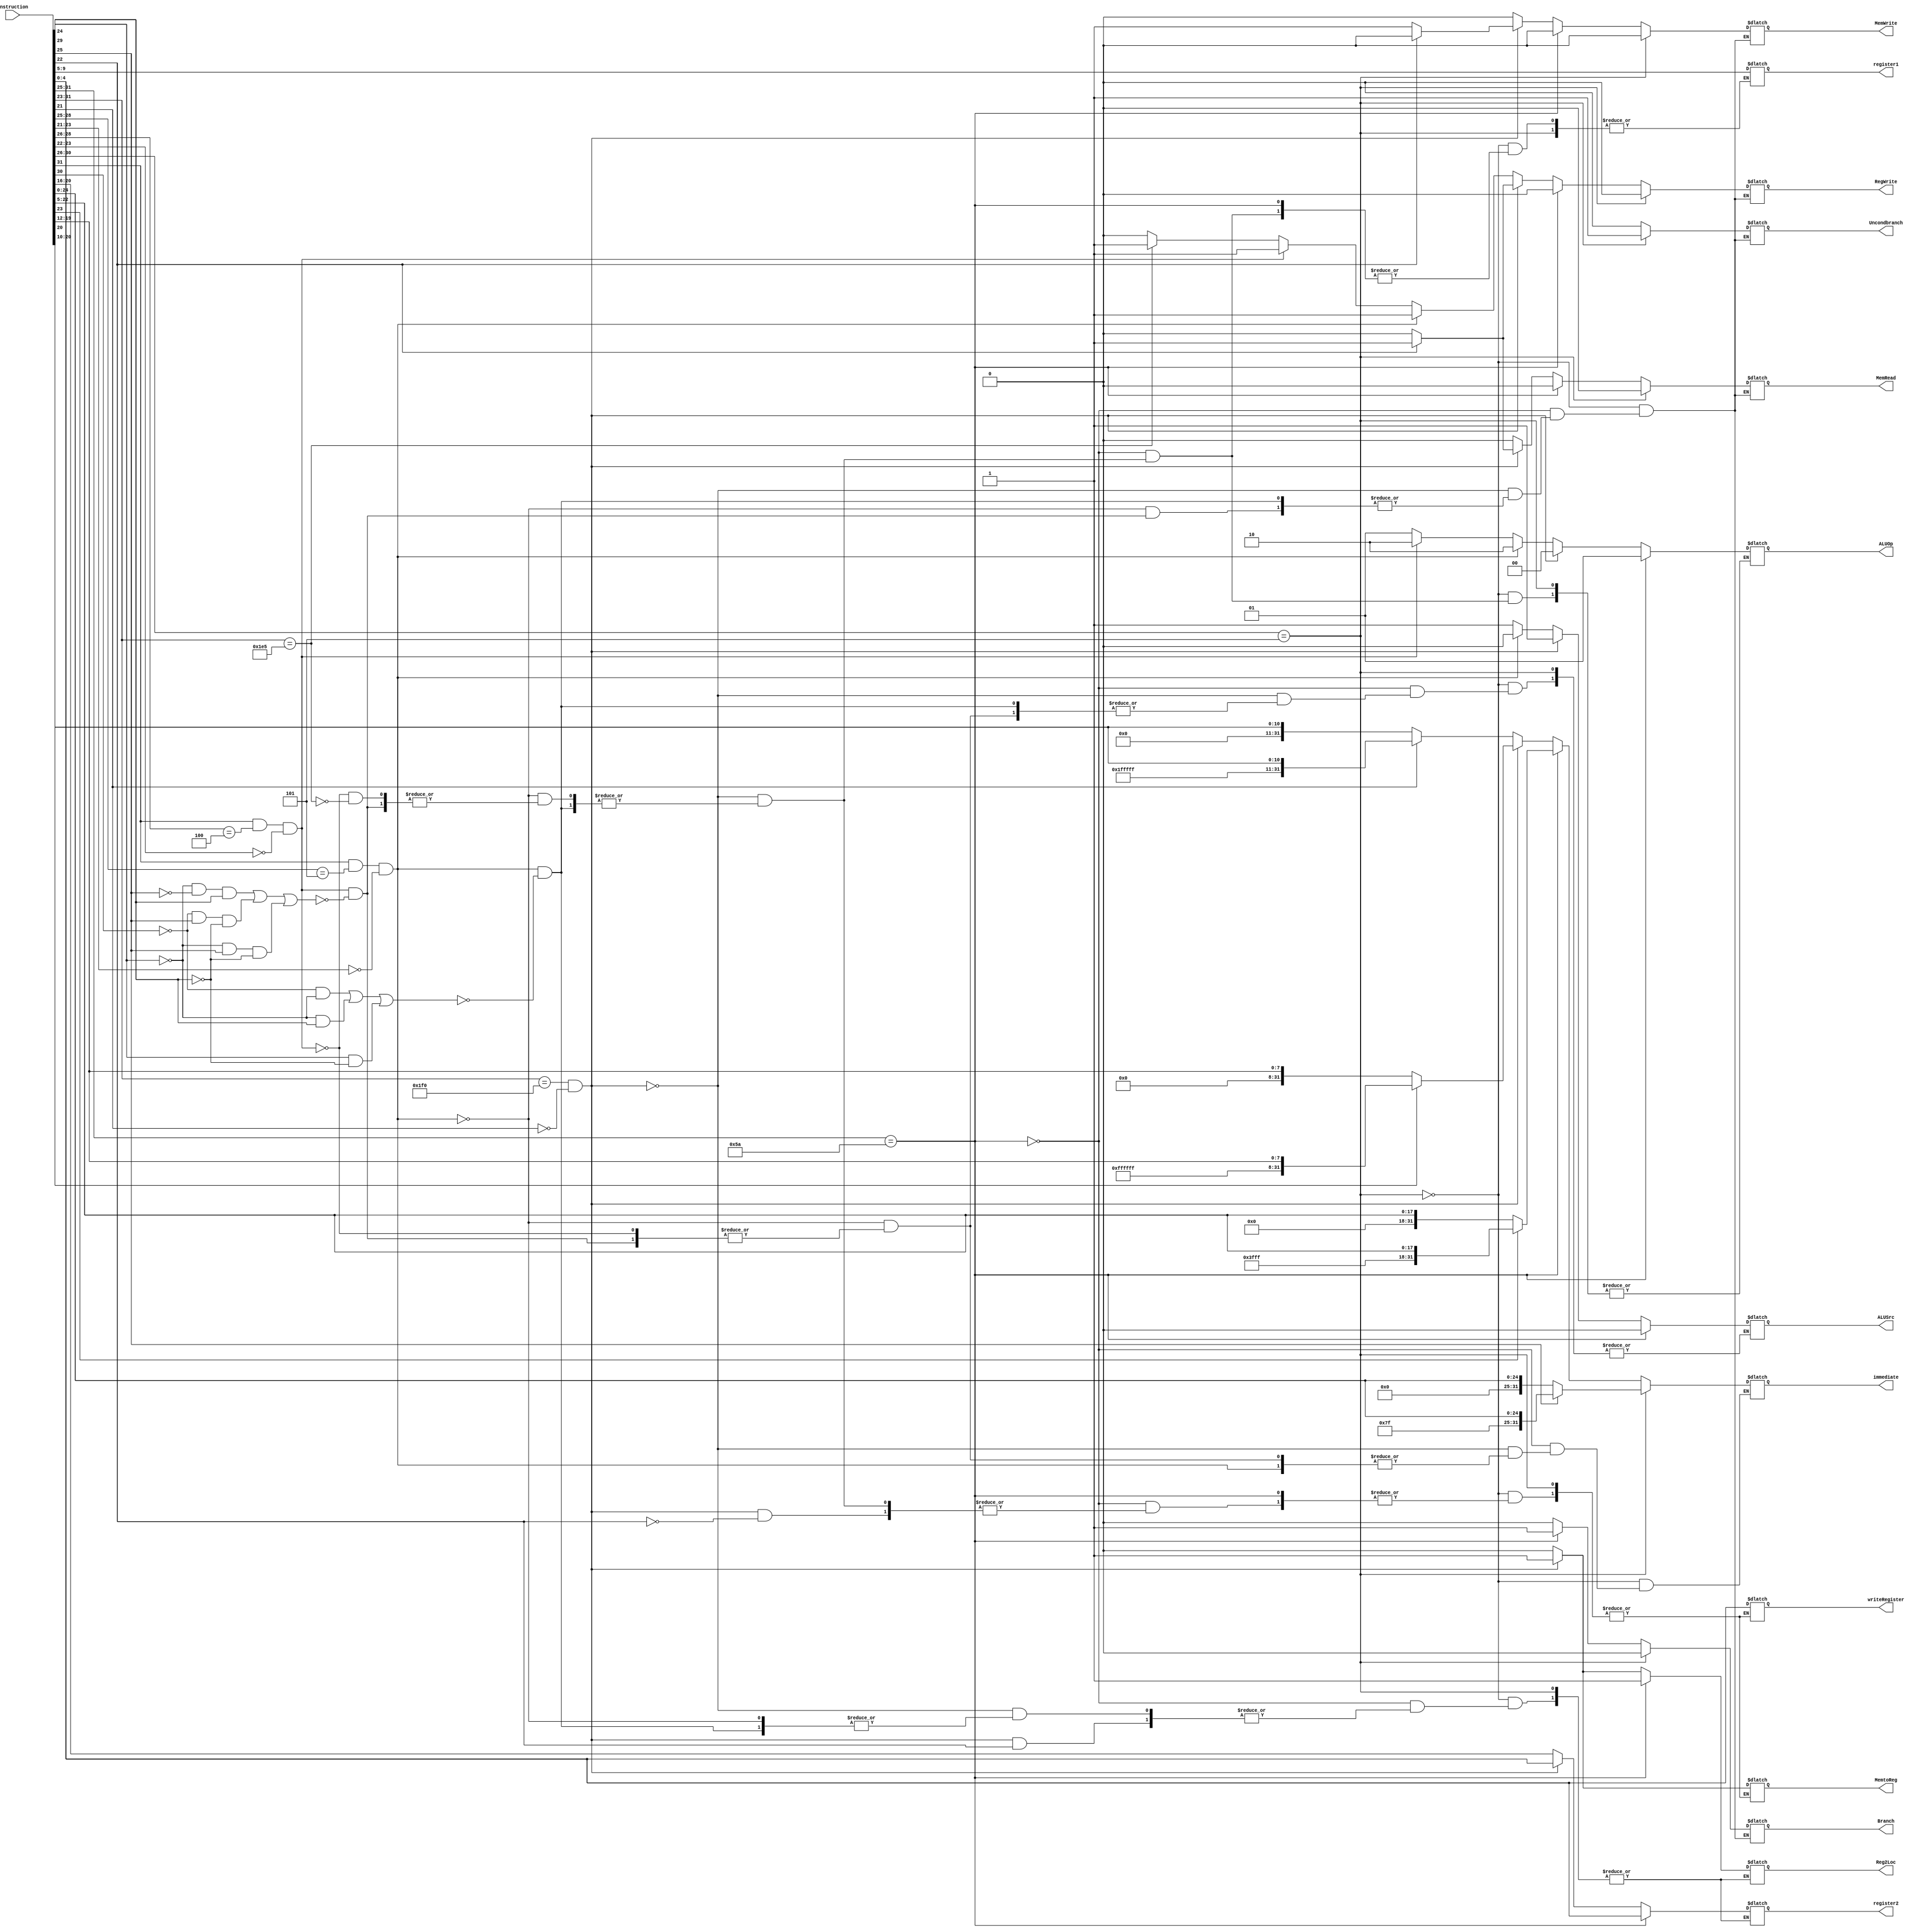
module decoder_m(
	output reg[4:0] register1, output reg[4:0] register2, output reg[4:0] writeRegister, output reg signed[31:0] immediate,  
	output reg Reg2Loc, Uncondbranch, Branch, MemRead, MemtoReg, MemWrite, ALUSrc, RegWrite, output reg[1:0] ALUOp,  
	input[31:0] instruction);

	always@(instruction) begin
		//B and BL
		if(instruction[30:26] == 5'b00101) begin
			Uncondbranch <= 1; Branch <= 0; MemRead <= 0; MemWrite <= 0; RegWrite <= 0; //Set control signals
			immediate[31:0] <= (instruction[25] == 1) ? {{6{instruction[25]}}, instruction[25:0]} : instruction[25:0]; //Sign-extension of the immediate if there is a leading 1
		end
		//CBZ and CBNZ
		else if(instruction[31:25] == 7'b1011010) begin 
			Reg2Loc <= 1; Uncondbranch <= 0; Branch <= 1; MemRead <= 0; MemWrite <= 0; ALUSrc <= 0; RegWrite <= 0; ALUOp <= 2'b01; //Set control signals
			register2 <= instruction[4:0]; //Set register locations
			immediate[31:0] <= (instruction[23] == 1) ? {{13{instruction[23]}}, instruction[23:5]} : instruction[23:5]; //Sign-extension of the immediate if there is a leading 1
		end
		//LDUR and STUR
		else if(instruction[31:23] == 9'b111110000 && instruction[21] == 0) begin
			Uncondbranch <= 0; Branch <= 0; ALUSrc <= 1; ALUOp <= 2'b00; //Set similar control signals
			register1 <= instruction[9:5]; //Set register location
			immediate[31:0] <= (instruction[20] == 1) ? {{23{instruction[20]}}, instruction[20:12]} : instruction[20:12]; //Sign-extension of the immediate if there is a leading 1

			if(instruction[22] == 1) begin //Load
				MemRead <= 1; MemWrite <= 0; MemtoReg <= 1; RegWrite <= 1; //Set control signals
				writeRegister <= instruction[4:0]; //Set register location
			end

			else begin //Store
				Reg2Loc <= 1; MemRead <= 0; MemWrite <= 1; RegWrite <= 0; //Set controls signals
				register2 <= instruction[4:0]; //Set register location
			end
		end
		//R-Type
		else if(instruction[31] == 1'b1 && instruction[28:25] == 4'b0101 && instruction[23:21] == 3'b000) begin
			if((~instruction[30] & ~instruction[29]) | (~instruction[29] & instruction[24]) | (instruction[29] & ~instruction[24])) begin
				Reg2Loc <= 0; Uncondbranch <= 0; Branch <= 0; MemRead <= 0; MemWrite <= 0; MemtoReg <= 0; ALUSrc <= 0; RegWrite <= 1; ALUOp <= 2'b10; //Set control signals
				register1 <= instruction[9:5]; register2 <= instruction[20:16]; writeRegister <= instruction[4:0]; //Set register locations
			end
		end
		//I-Type
		else if(instruction[31] == 1 && instruction[28:26] == 3'b100 && instruction[23:22] == 2'b00) begin
			if((~instruction[29] & ~instruction[25] & instruction[24]) | (~instruction[30] & instruction[25] & ~instruction[24]) | (~instruction[29] & instruction[25] & ~instruction[24])) begin
				Uncondbranch <= 0; Branch <= 0; MemRead <= 0; MemWrite <= 0; MemtoReg <= 0; ALUSrc <= 1; RegWrite <= 1; ALUOp <= 2'b10; //Set control signals
				writeRegister <= instruction[4:0]; register1 <= instruction[9:5]; //Set register locations
				immediate[31:0] <= (instruction[21] == 1) ? {{20{instruction[21]}}, instruction[21:10]} : instruction[21:10]; //Sign-extension of the immediate if there is a leading 1	
			end
		end
		//MOVK
		else if(instruction[31:23] == 9'b111100101) begin
			Uncondbranch <= 0; Branch <= 0; MemRead <= 0; MemWrite <= 0; MemtoReg <= 0; RegWrite <= 1; //Set control signals
			register1 <= instruction[9:5]; writeRegister <= instruction[4:0]; ALUOp <= 2'b01; //Set register locations
		end
		//NO-OP
		else begin
			Uncondbranch <= 0; Branch <= 0; MemRead <= 0; MemWrite <= 0; RegWrite <= 0;
		end
	end
endmodule